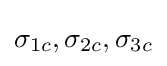
\sigma _{1c},\sigma _{2c},\sigma _{3c}